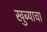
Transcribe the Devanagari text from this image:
खुब्याचा